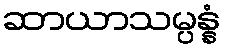
ဆာယာသမ္ပန္နံ